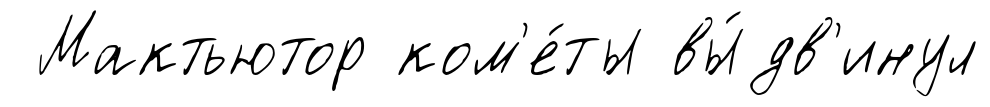
Мактьютор ком'е́ты вы́дв'инул